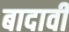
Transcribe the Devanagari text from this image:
बादावी